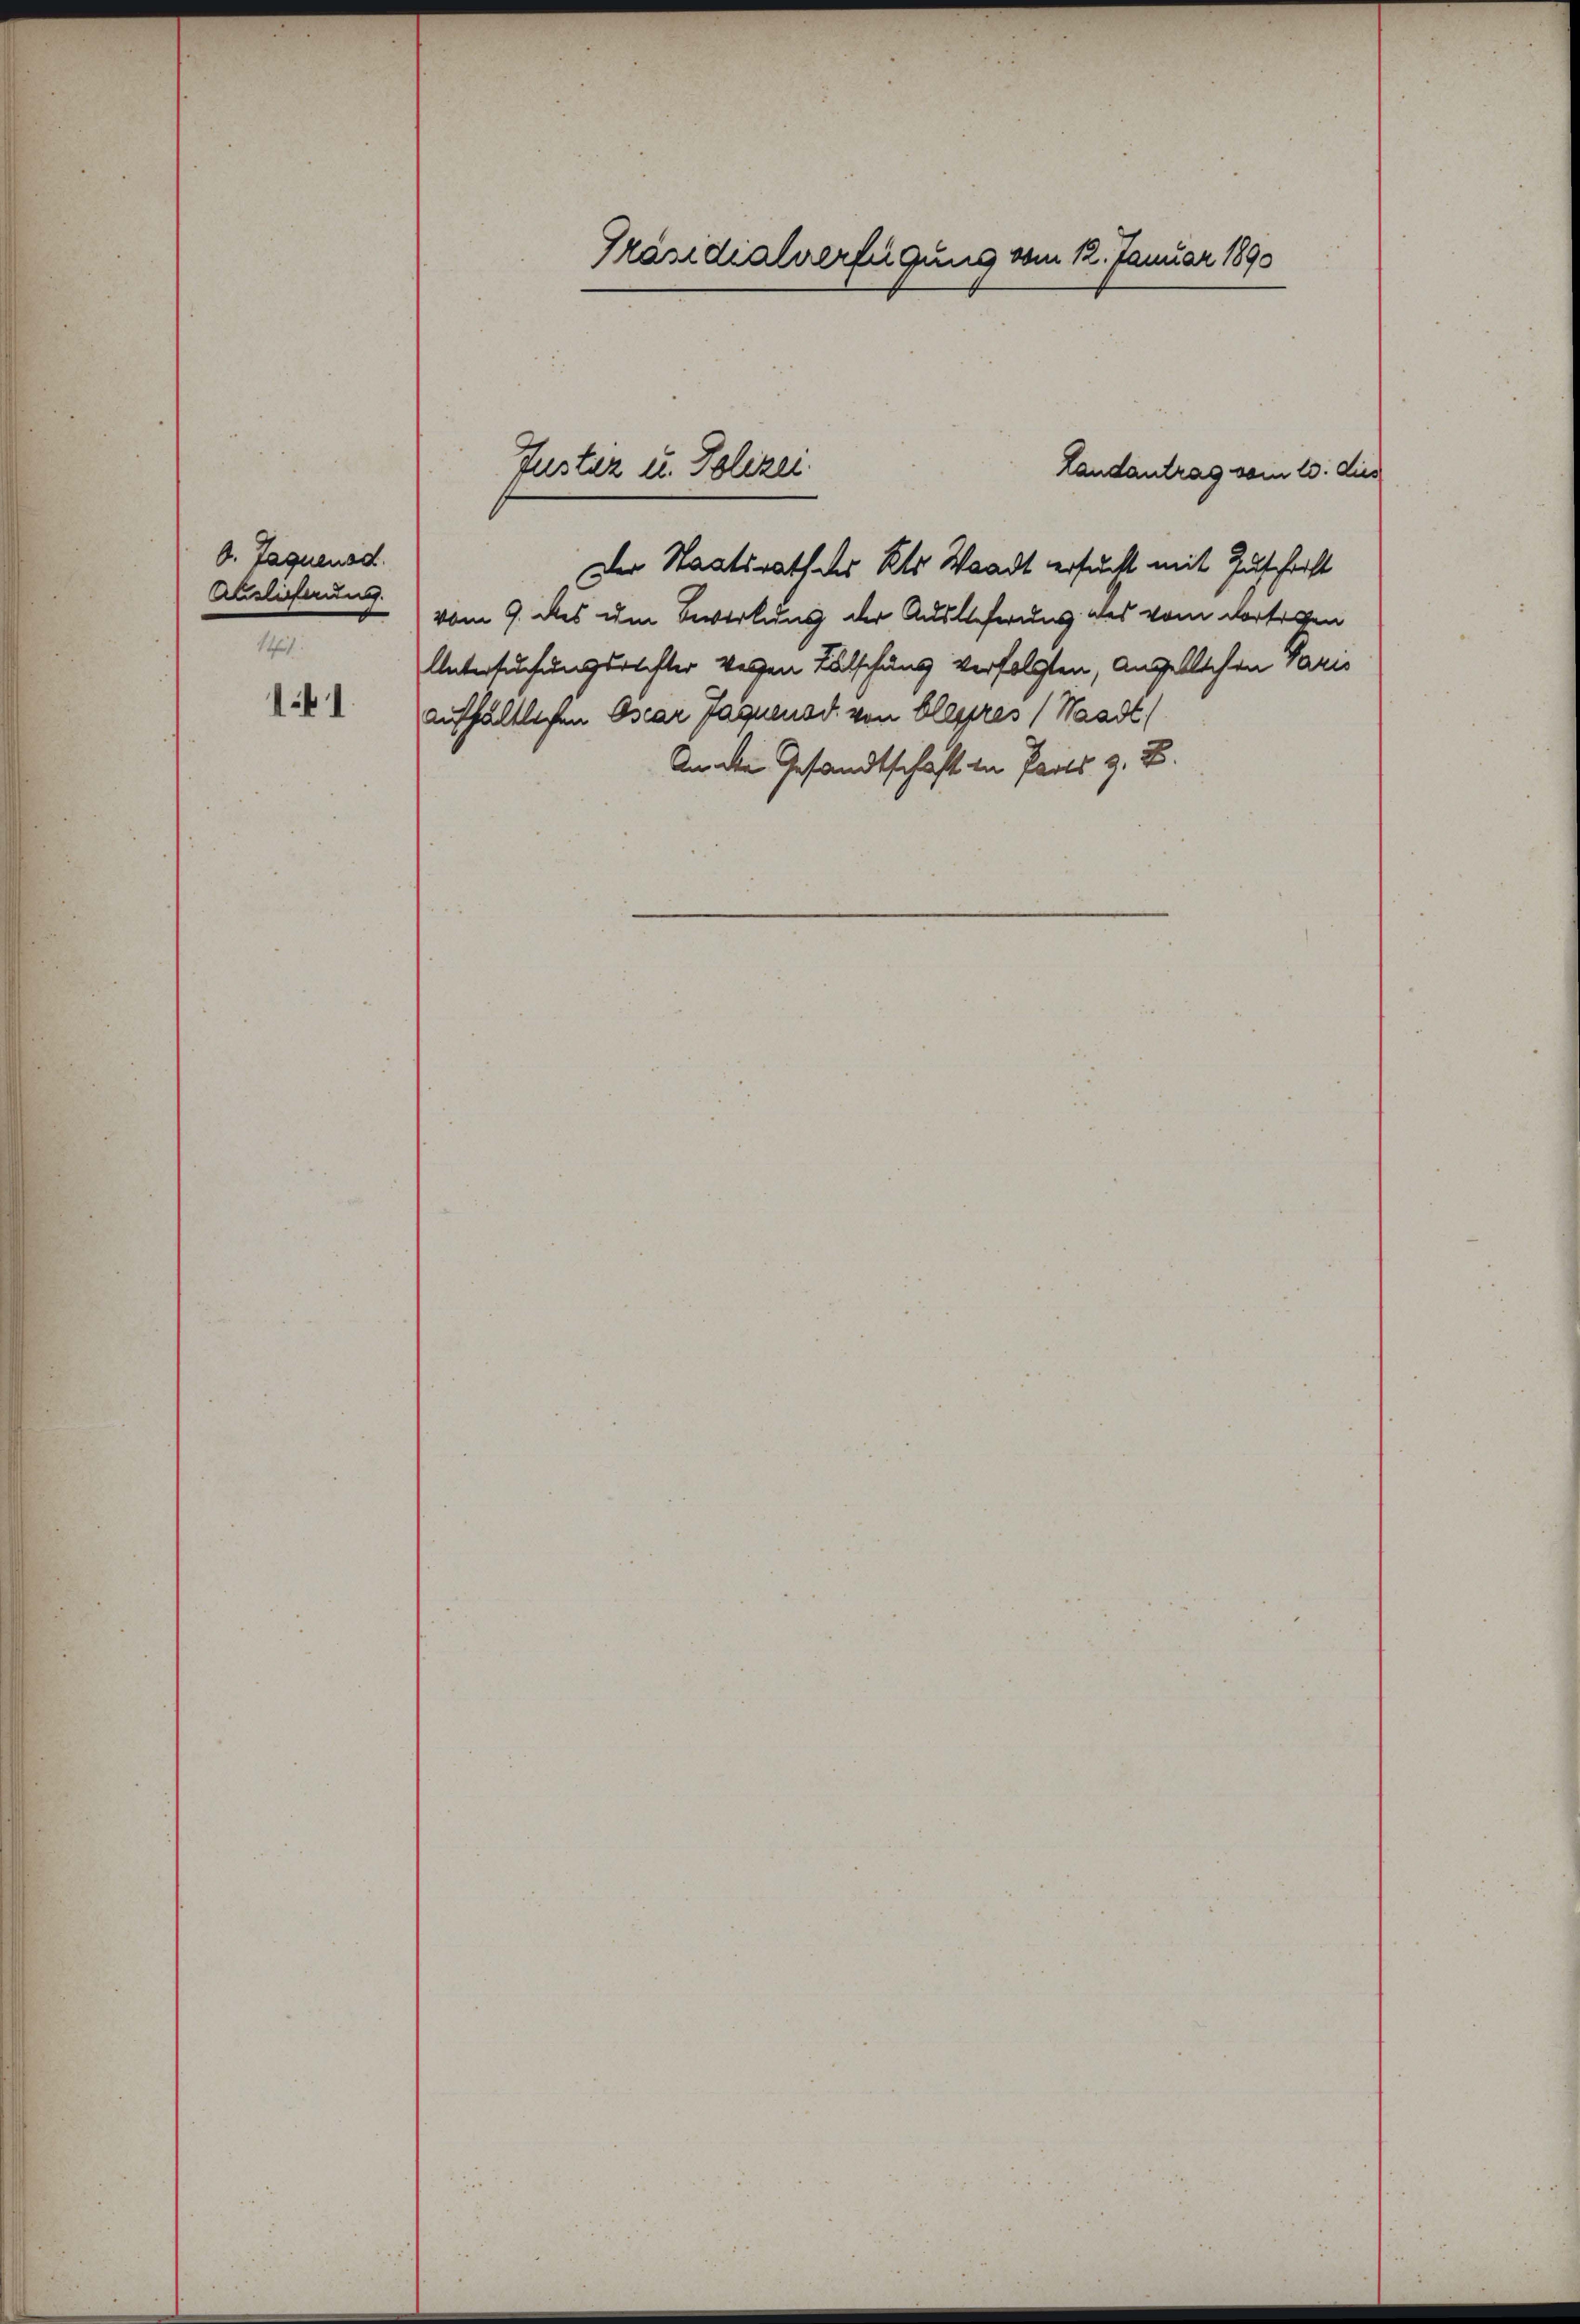
b. Taguensd
Auslieferung.
141

141

Präsidialverfügung vom 12. Januar 1890

Der Staatsrath des Kts. Waadt ersucht mit Zuschrift
vom 9. des um Bewerbung der Auslieferung des vom dortigen
Untersuchungsrechter Weigen Fälschung verfolgten, angeblichen Paris
aufhältlichen Oscar faquensd. von bleyres (Waadt,
An den Gesandtschaft in Pauls z. B.

Justiz u. Polizei
Landantrag von 10. dies